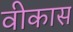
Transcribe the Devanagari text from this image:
वीकास